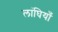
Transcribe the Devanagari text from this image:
लांघियाँ